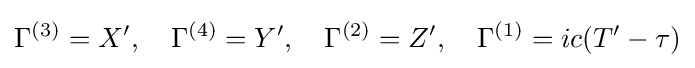
\Gamma ^{(3)}=X',\quad \Gamma ^{(4)}=Y',\quad \Gamma ^{(2)}=Z',\quad \Gamma ^{(1)}=ic(T'-\tau )